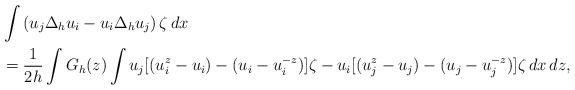
LaTeX: \begin{align*} &\int \left( u_j \Delta_h u_i - u_i\Delta_h u_j\right) \zeta \,dx\\ & =\frac1{2h} \int G_h(z) \int u_j [(u_i^z-u_i)-(u_i-u_i^{-z})] \zeta -u_i [(u_j^z-u_j)-(u_j-u_j^{-z} )] \zeta \,dx\,dz, \end{align*}